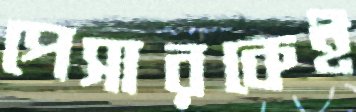
পেসারকেই